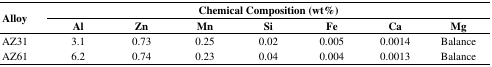
<table><thead><tr><td rowspan="2"><b>Alloy</b></td><td colspan="7"><b>Chemical Composition (wt%)</b></td></tr><tr><td><b>Al</b></td><td><b>Zn</b></td><td><b>Mn</b></td><td><b>Si</b></td><td><b>Fe</b></td><td><b>Ca</b></td><td><b>Mg</b></td></tr></thead><tbody><tr><td>AZ31</td><td>3.1</td><td>0.73</td><td>0.25</td><td>0.02</td><td>0.005</td><td>0.0014</td><td>Balance</td></tr><tr><td>AZ61</td><td>6.2</td><td>0.74</td><td>0.23</td><td>0.04</td><td>0.004</td><td>0.0013</td><td>Balance</td></tr></tbody></table>